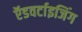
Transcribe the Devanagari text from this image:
ऍडवर्टाइजिंग